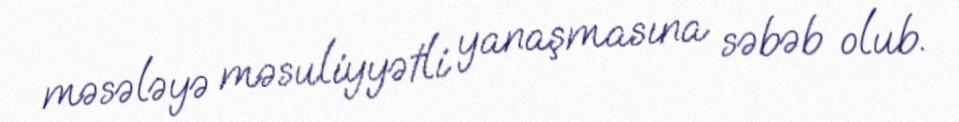
məsələyə məsuliyyətli yanaşmasına səbəb olub.